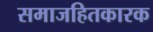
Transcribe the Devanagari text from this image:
समाजहितकारक